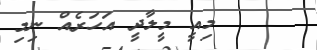
މިއީ މީލާދީ އަހަރެއް ނިމި